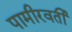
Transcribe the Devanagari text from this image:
पामीरवर्ती